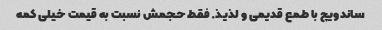
ساندویچ با طمع قدیمی و لذیذ. فقط حجمش نسبت به قیمت خیلی کمه